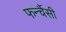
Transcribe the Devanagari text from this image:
फर्न्चैसी